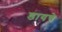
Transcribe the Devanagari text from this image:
डायचे